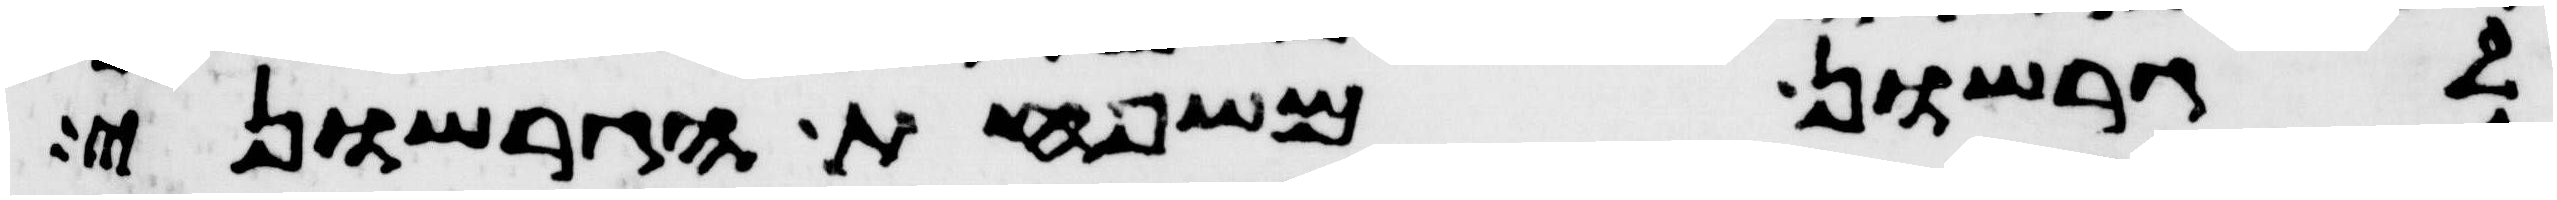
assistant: לגרשון משפחת הגרשוני